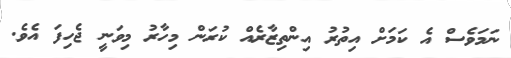
ނަމަވެސް އެ ކަމަށް އިތުރު އިންތިޒާރެއް ކުރަން މިހާރު މިވަނީ ޖެހިފަ އެވެ.